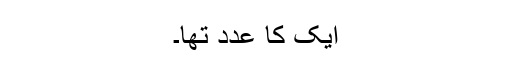
ایک کا عدد تھا۔